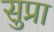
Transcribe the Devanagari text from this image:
सुप्रा